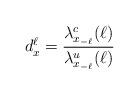
LaTeX: \begin{align*}d^\ell_x=\frac{\lambda^c_{x_{-\ell}}(\ell)}{\lambda^u_{x_{-\ell}}(\ell)}\end{align*}